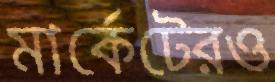
মার্কেটেরও